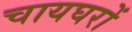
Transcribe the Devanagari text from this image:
चायघरों